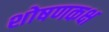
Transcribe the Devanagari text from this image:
शोषणकक्ष